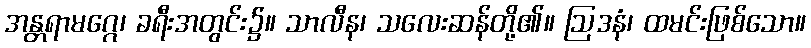
အန္တရာမဂ္ဂေ၊ ခရီးအတွင်း၌။ သာလီန၊ သလေးဆန်တို့၏။ ဩဒနံ၊ ထမင်းဖြစ်သော။